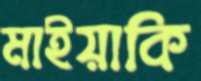
মাইয়াকি